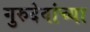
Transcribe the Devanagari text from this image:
गुरुदेवांच्या